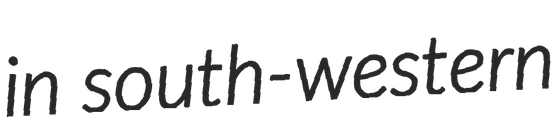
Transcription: in south-western